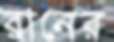
রানের